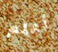
أعلم